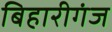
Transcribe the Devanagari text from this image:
बिहारीगंज